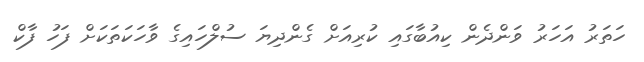
ހަތަރު އަހަރު ވަންދެން ކިއުބާގައި ކުރިއަށް ގެންދިޔަ ސުލްހައިގެ ވާހަކަތަކަށް ފަހު ފާކް